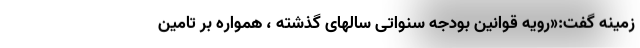
زمینه گفت:«رویه قوانین بودجه سنواتی سالهای گذشته ، همواره بر تامین